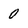
Character: 0